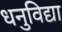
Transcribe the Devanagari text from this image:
धनुविद्या